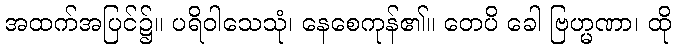
အထက်အပြင်၌။ ပရိဝါသေသုံ၊ နေစေကုန်၏။ တေပိ ခေါ ဗြဟ္မဏာ၊ ထို